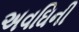
અવઘિની